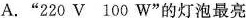
A.”220V 100W”的灯泡最亮